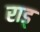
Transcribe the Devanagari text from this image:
राड्